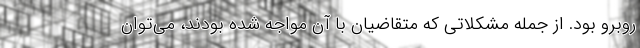
روبرو بود. از جمله مشکلاتی که متقاضیان با آن مواجه شده بودند، می‌توان